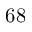
6 8